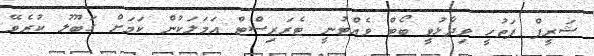
ޝަރީފް ފަތުހީ ވިދާޅުވީ ބޯޓް ވެއްޓުނީ ޓެރަރިސްޓް އަމަލަކުން ކަމަށް ގަބޫލު ކުރެވޭ